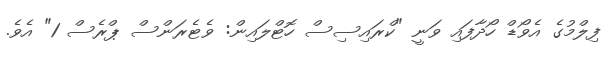
ފިލްމުގެ އެވޯޑް ހޯދާފައި ވަނީ "ކްރައިސިސް ހޮޓްލައިން: ވެޓެރަންސް ޕްރެސް 1" އެވެ.